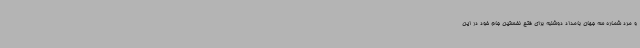
و مرد شماره سه جهان بامداد دوشنبه برای فتح نخستین جام خود در این